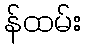
န်ထမ်း